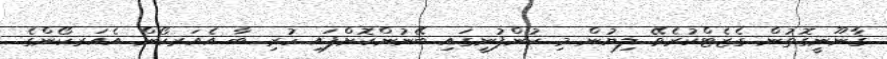
ޤާނޫނީގޮތުން ގެޒެޓްކުރެވޭ ލިޔުން މި ކުންފުނީގައި ބޭނުންކޮށްފައި ހުރި ބާ އެއަރކޯން އެއަރކޯންގެ